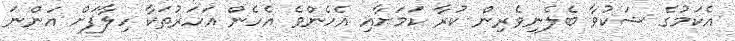
އެކަމުގެ ޝަކުވާ ބެލެނިވެރިން ކުރާ ކަމަށާއި އެހެންވެ އެހެން އަހަަރުތަކާ ހިލާފަށް އަންނަ